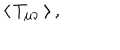
\: \langle \, T _ { \mu \nu } \, \rangle \, , \: